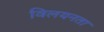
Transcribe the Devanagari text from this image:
विलयनता